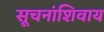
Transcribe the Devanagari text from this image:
सूचनांशिवाय